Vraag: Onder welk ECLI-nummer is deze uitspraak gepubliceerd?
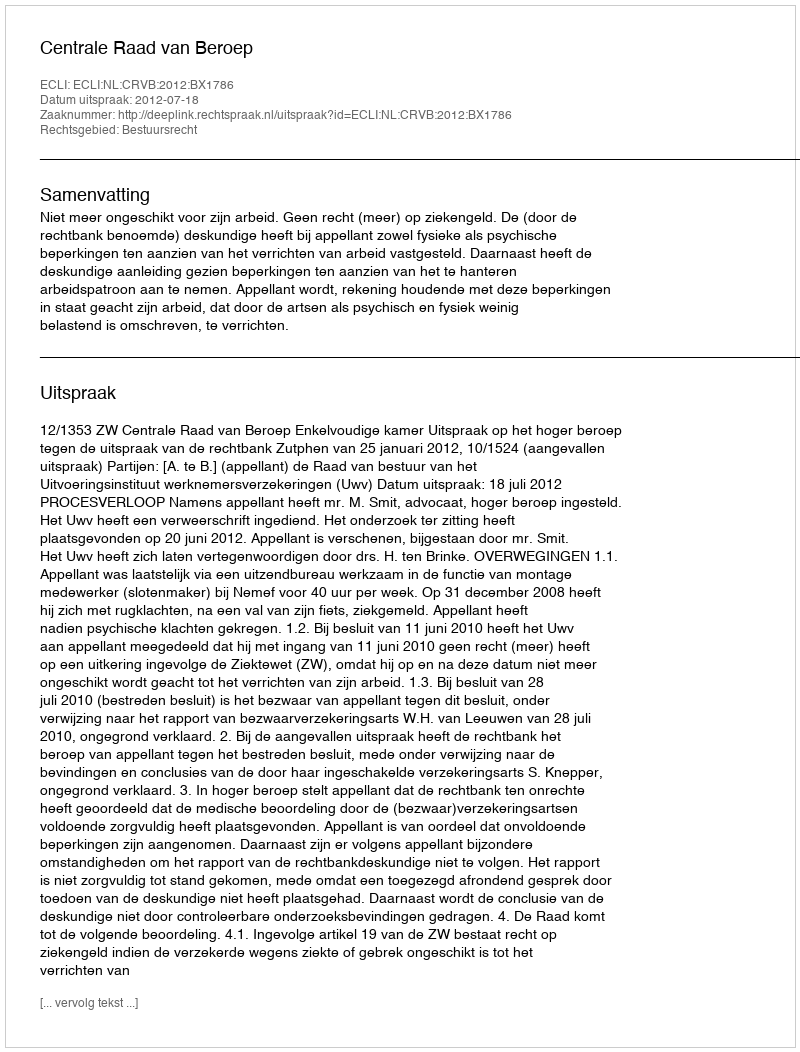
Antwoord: ECLI:NL:CRVB:2012:BX1786